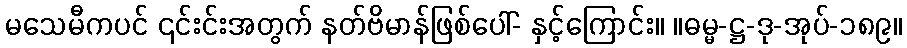
မသေမီကပင် ၎င်းင်းအတွက် နတ်ဗိမာန်ဖြစ်ပေါ်- နှင့်ကြောင်း။ ။ဓမ္မ-ဋ္ဌ-ဒု-အုပ်-၁၈၉။